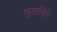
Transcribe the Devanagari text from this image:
फुलविते